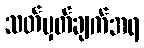
သတ်မှတ်ချက်အရ